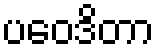
ပဝေဒိတာ